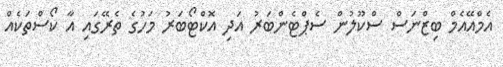
އެމްއޭއެމް ބިޒްނަސް ސްކޫލުން ސެޕްޓެންބަރު އަދި އޮކްޓޯބަރު މަހުގެ ތެރޭގައި އާ ކޯސްތަކެއް